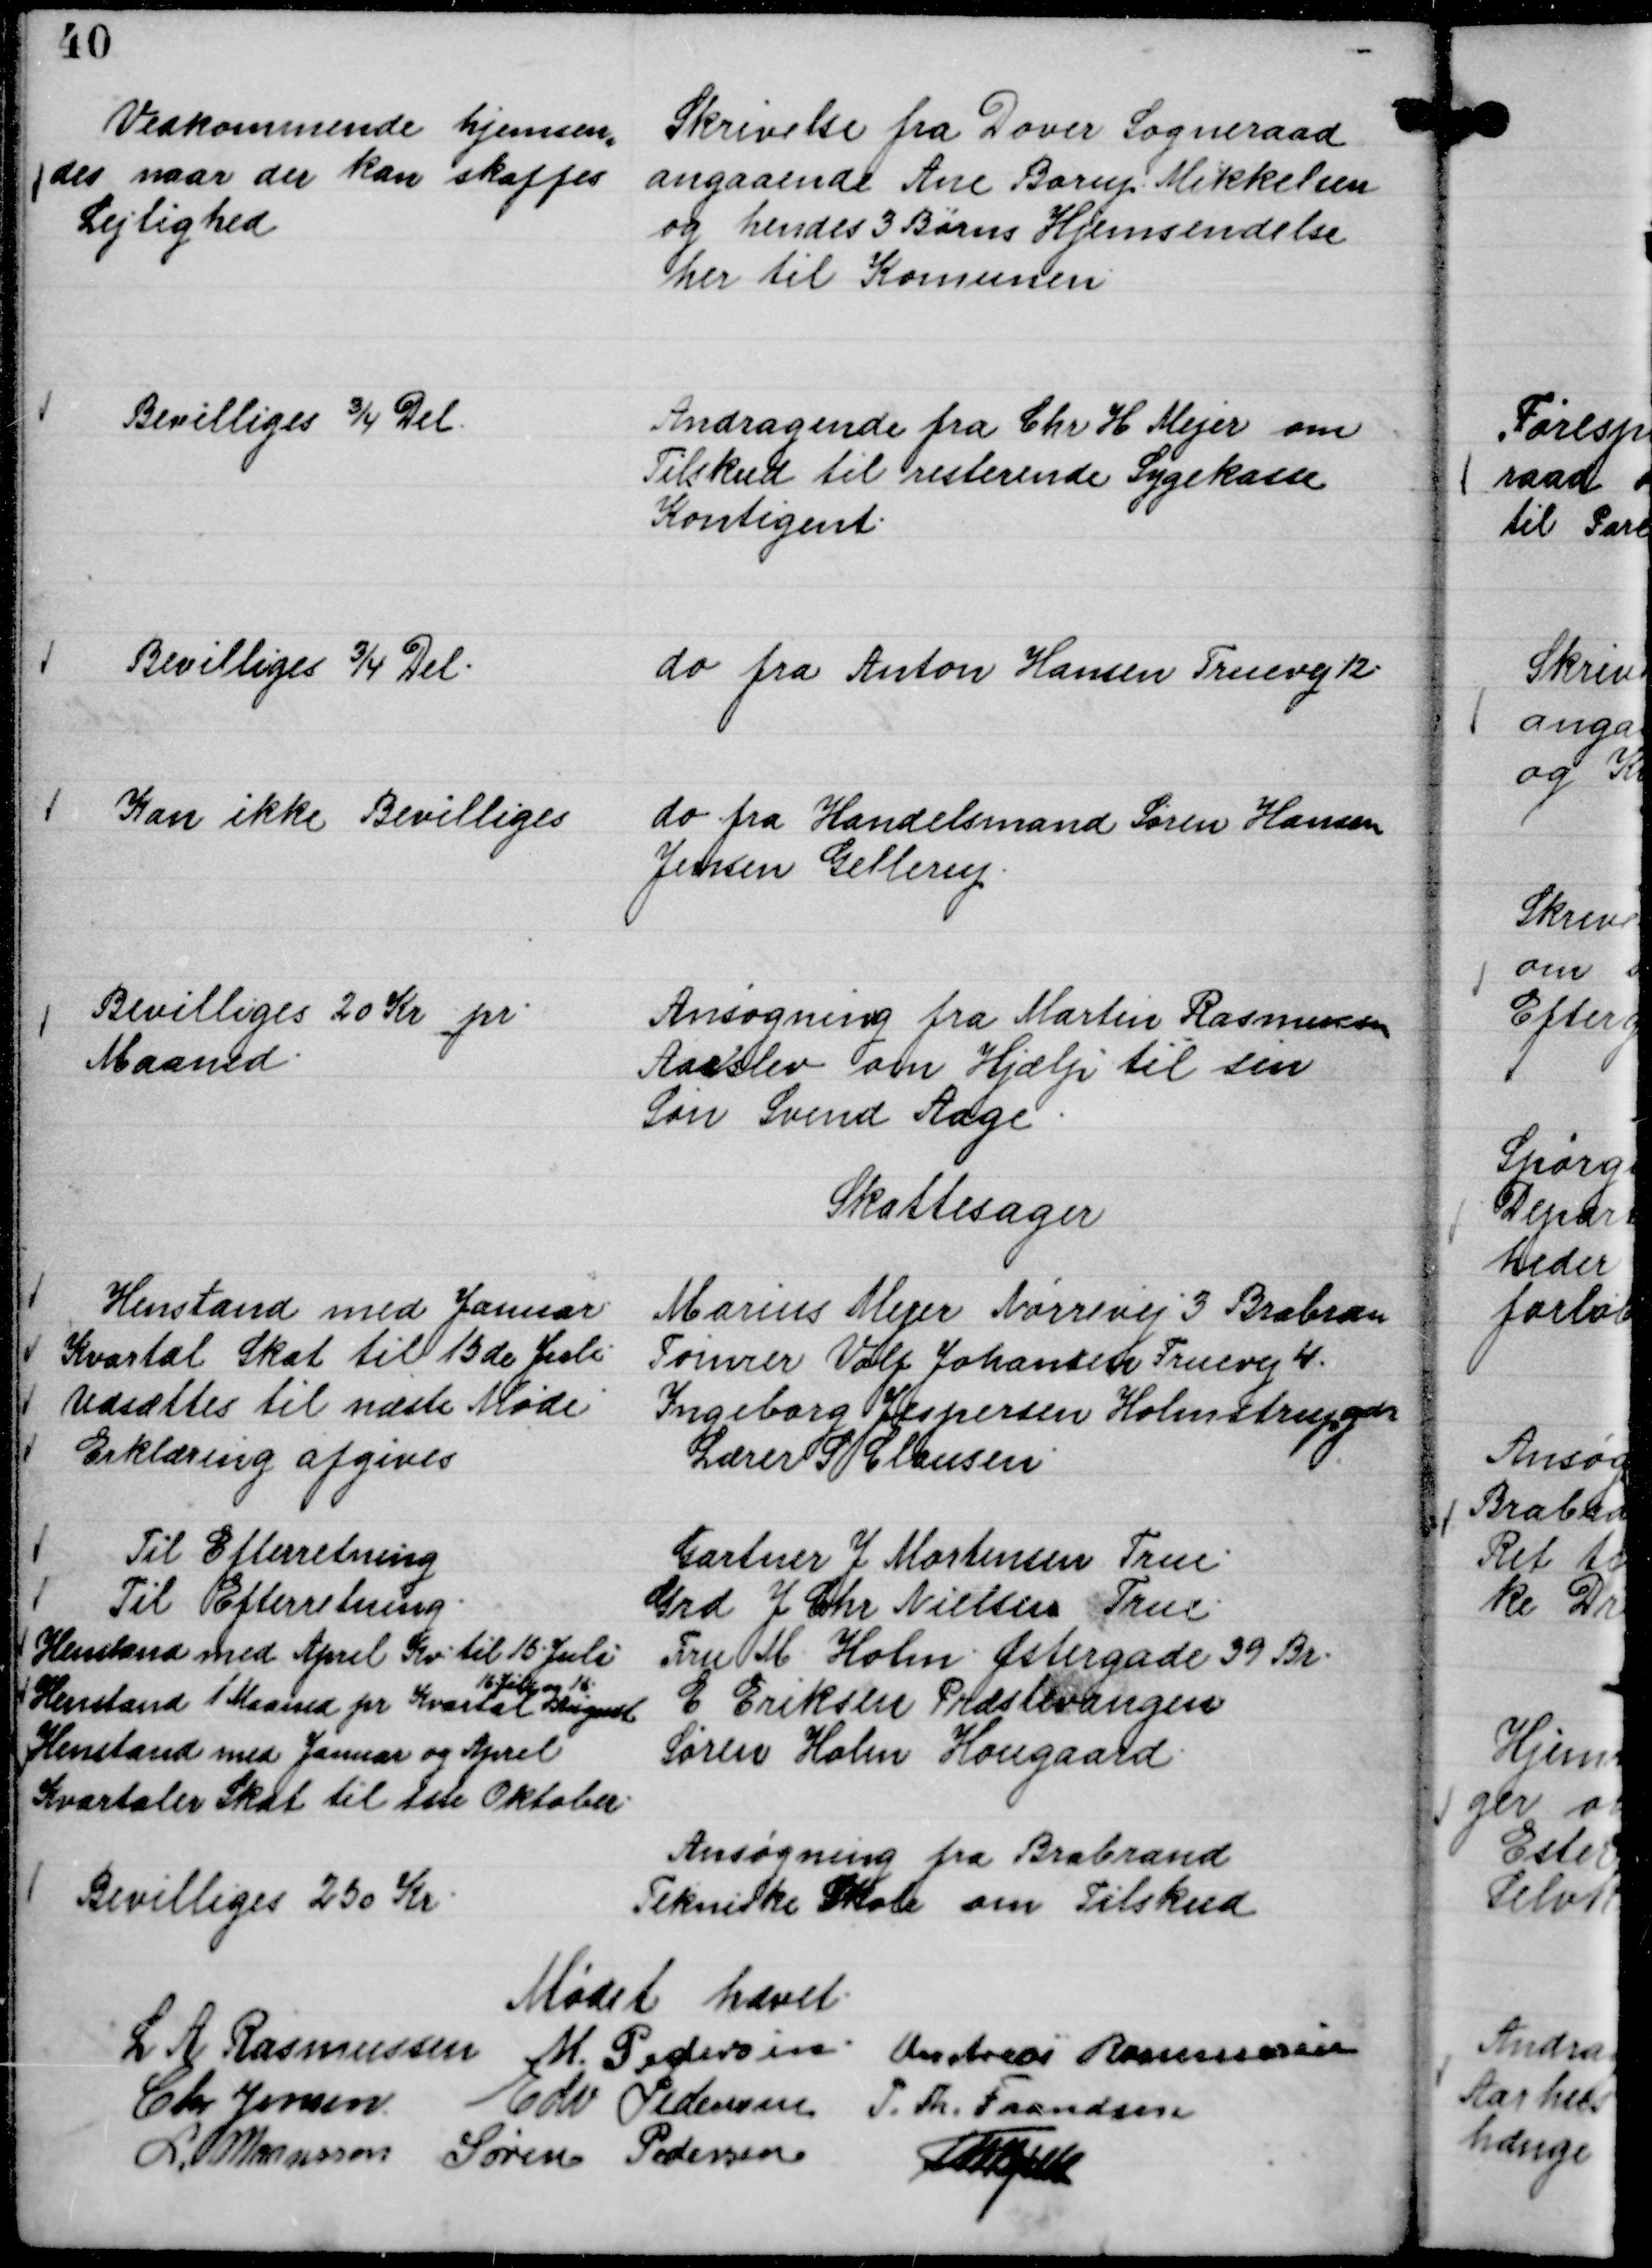
Transskription:
Skrivelse fra Dover Sogneraad
angaaende Ane Borup Mikkelsen
og hendes 3 Børns Hjemsendelse
her til Komunen

Vedkommende hjemsen,,
des naar der kan skaffes
Lejlighed

Andragende fra Chr H Mejer om
Tilskud til resterende Sygekasse
Kontigent.

Bevilliges ¾ Del.

do fra Anton Hansen Truevej 12

Bevilliges ¾ Del.

do fra Handelsmand Søren Hansen
Jensen Gellerup.

Kan ikke Bevilliges

Ansøgning fra Martin Rasmussen
Aarslev om Hjælp til sin
Søn Svend Aage.

Bevilliges 20 Kr pr.
Maaned.

Skattesager
Marius Mejer Nørrevej 3 Brabran
Henstand med Januar.
Tømrer Volf Johansen Truevej 4.
Kvartal Skat til 15 de Juli.
Ingeborg Jespersen Holmstrupgdr
Udsættes til næste Møde.
Lærer S Clausen
Erklæring afgives
Gartner J Mortensen True.
Til Efterretning
Grd J Chr Nielsen True.
Til Efterretning.
Fru M. Holm Østergade 39 Br.
Henstand med April Kv. til 15 Juli
E Eriksen Præstevangen
Henstand 1 Maaned pr Kvartal
16. Juli og 16.
August
Søren Holm Hougaard.
Henstand med Januar og April
Kvartaler Skat til 1ste Oktober.

Ansøgning fra Brabrand
Tekniske Skole om Tilskud

Bevilliges 250 Kr.

Mødet hævet.
L A Rasmussen
M. Pedersen.
Andreas Rasmussen
Chr Jensen.
Edv Pedersen
P. Th. Frandsen
L Maansson
Søren Pedersen
Th Bjelke